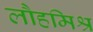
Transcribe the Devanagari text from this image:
लौहमिश्र